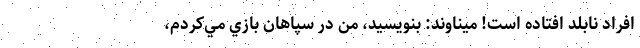
افراد نابلد افتاده است! ميناوند: بنويسيد، من در سپاهان بازي مي‌كردم،